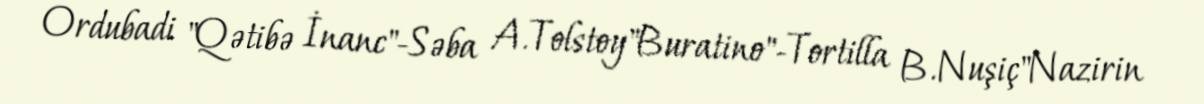
Ordubadi "Qətibə İnanc"-Səba A.Tolstoy"Buratino"-Tortilla B.Nuşiç"Nazirin